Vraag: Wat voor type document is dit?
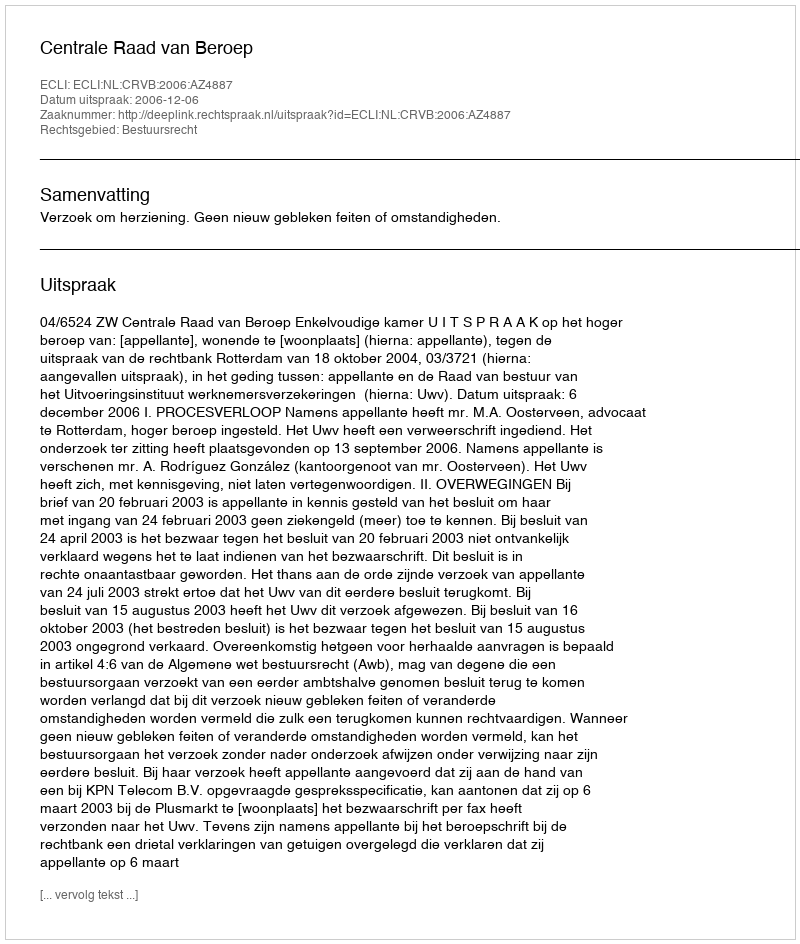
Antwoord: Uitspraak